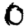
Digit: 0